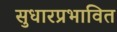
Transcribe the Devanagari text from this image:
सुधारप्रभावित